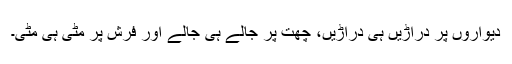
دیواروں پر دراڑیں ہی دراڑیں، چھت پر جالے ہی جالے اور فرش پر مٹی ہی مٹی۔